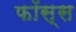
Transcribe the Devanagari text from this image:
फॉस्स